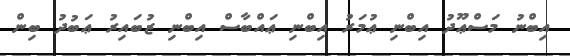
އިބްނު މަސްޢޫދު އިބްނި ޢުމަރު އިބްނި ޢައްބާސް އިބްނި ޒުބައިރު ޢަބުދު ބިން